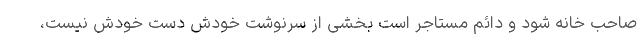
صاحب خانه شود و دائم مستاجر است بخشی از سرنوشت خودش دست خودش نیست،